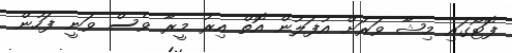
ފޮޓޯގައި މިޝާ ވަރަށް އުފަލުން އޮތް އިރު މީރާ ވެސް ވަނީ ފަހުން